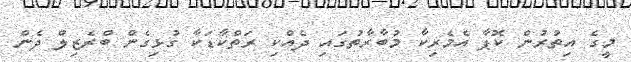
މީގެ އިތުރުން ކޮޕާ އެމެރިކާ މުބާރާތުގައި ދެއްކި ރަތްކާޑަކާ ގުޅިގެން ބްރެޒިލް ދެން